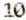
10